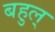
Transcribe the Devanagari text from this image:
बहुल्